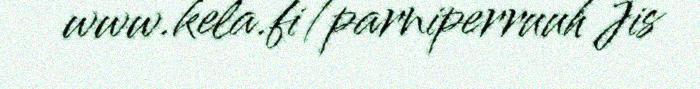
www.kela.fi/parniperruuh Jis